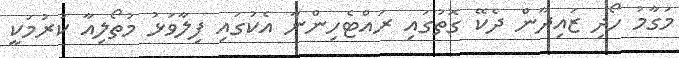
މަގާމު ހޯދި ޒައިދާން ދެކޭ ގޮތުގައި ރައްޓެހިންނާ އެކުގައި ފިލާވަޅު މުތޯލިއާ ކުރުމަކީ